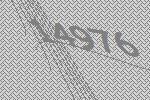
14976